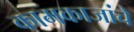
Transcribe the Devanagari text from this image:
कामकाजांचे